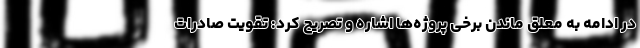
در ادامه به معلق ماندن برخی پروژه‌ها اشاره و تصریح کرد: تقویت صادرات